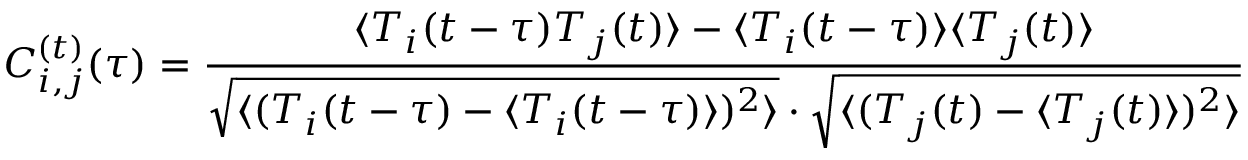
C _ { i , j } ^ { ( t ) } ( \tau ) = \frac { \langle T _ { i } ( t - \tau ) T _ { j } ( t ) \rangle - \langle T _ { i } ( t - \tau ) \rangle \langle T _ { j } ( t ) \rangle } { \sqrt { \langle ( T _ { i } ( t - \tau ) - \langle T _ { i } ( t - \tau ) \rangle ) ^ { 2 } \rangle } \cdot \sqrt { \langle ( T _ { j } ( t ) - \langle T _ { j } ( t ) \rangle ) ^ { 2 } \rangle } }